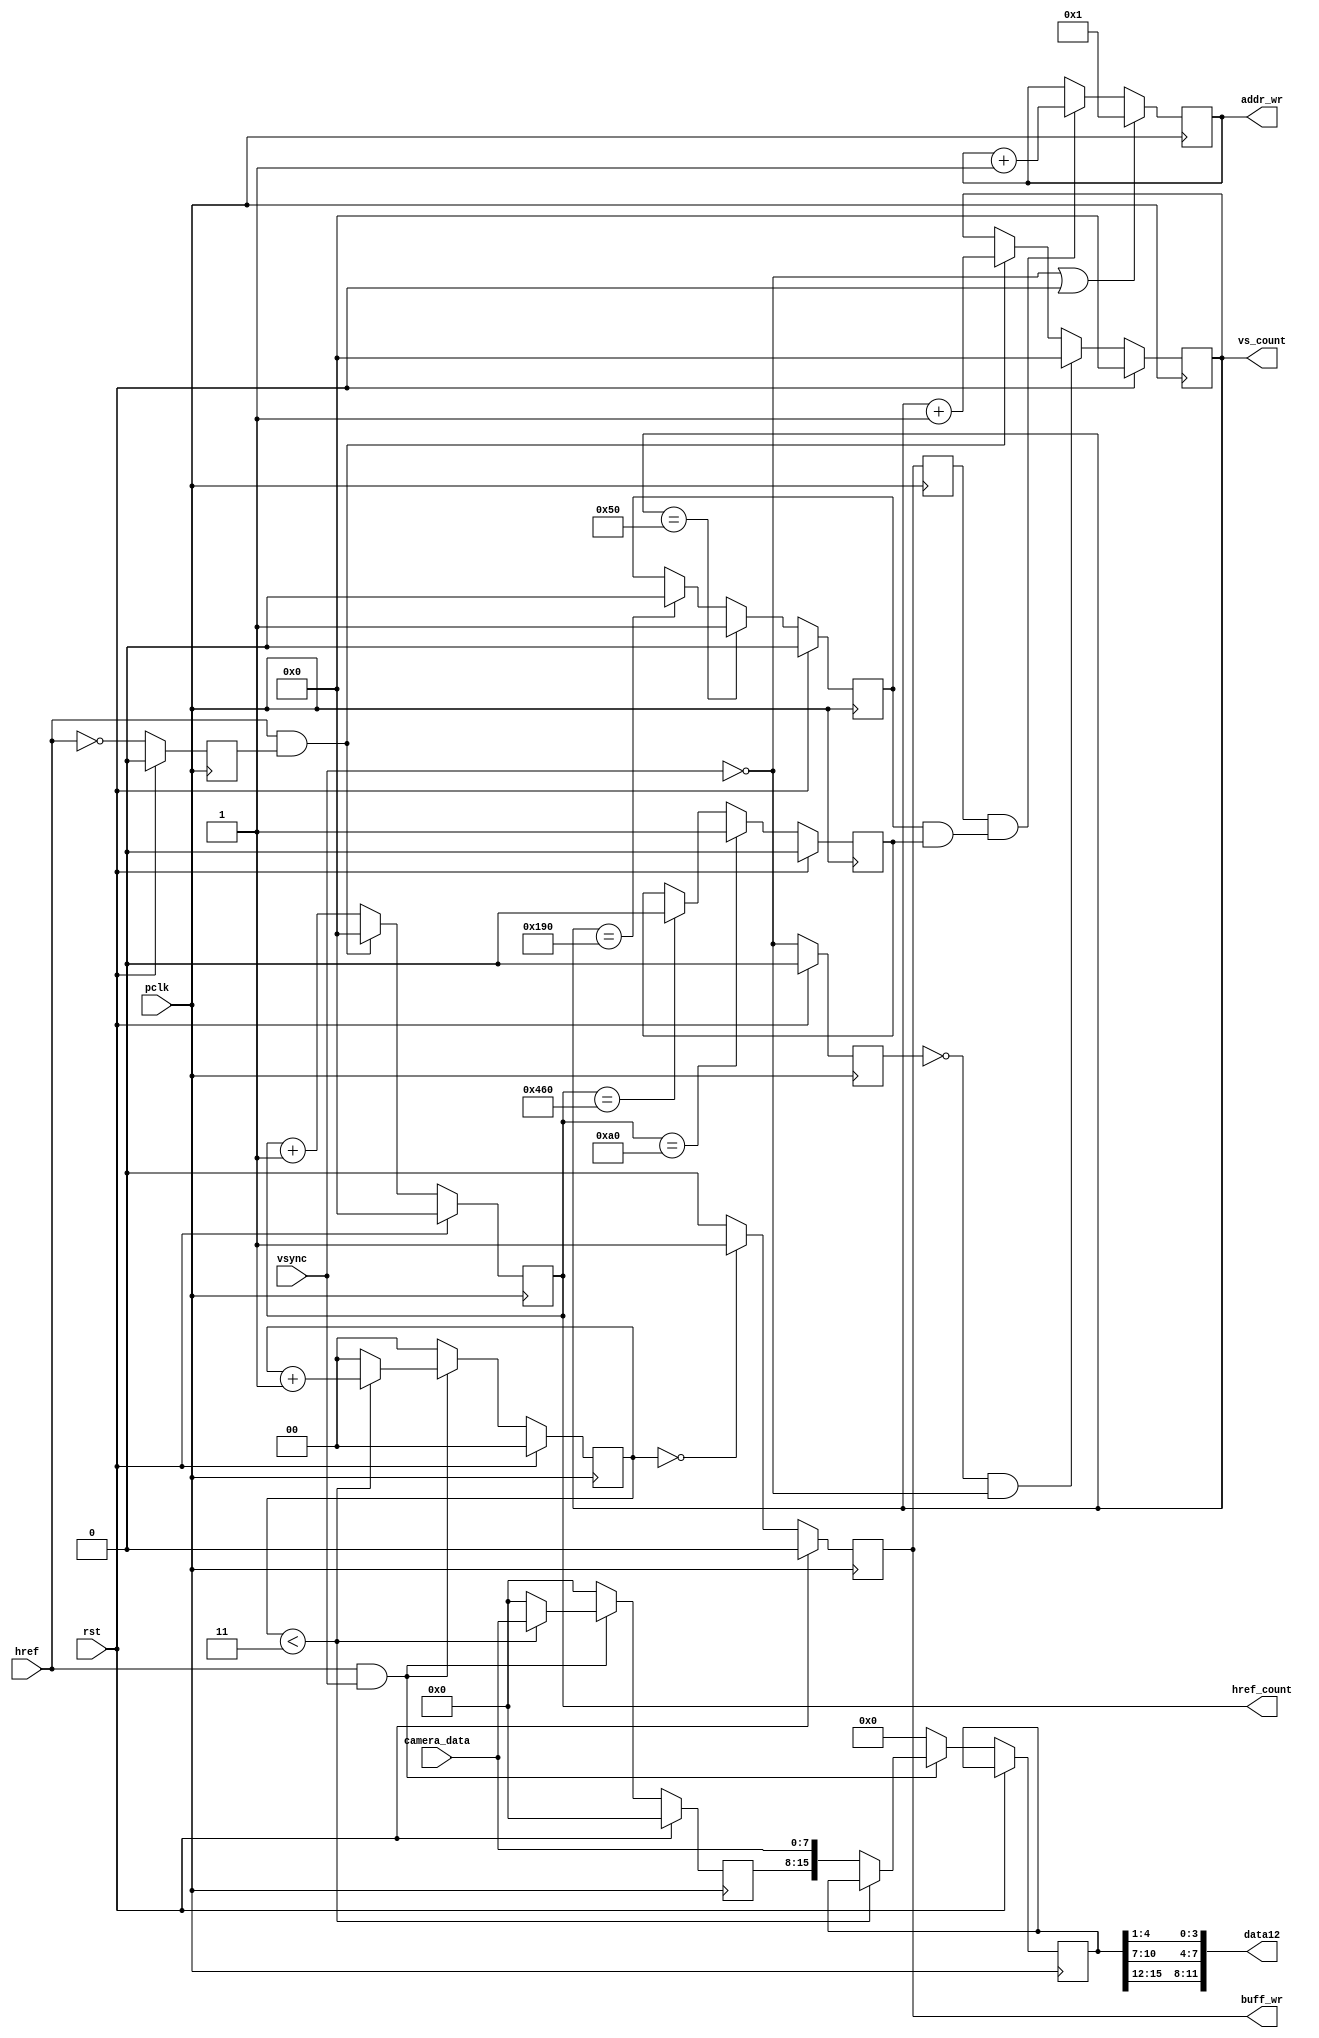
`timescale 1ns / 1ps
//////////////////////////////////////////////////////////////////////////////////
// Module Name:    camera_capture 
//////////////////////////////////////////////////////////////////////////////////
module camera_capture(
	input rst,	
	input pclk,
    input href,
	input vsync,
	input [7:0] camera_data,
	output [11:0] data12,	
	output reg [10:0]href_count,
	output reg [10:0]vs_count,
	output reg [16:0] addr_wr,
	output reg buff_wr                            //ddr camera, 

);
  
reg [15:0]camera_data_reg;
reg [15:0] ddr_data_camera;
reg [1:0]counter;
always @(posedge pclk)
begin
	 if (rst ==1'b1) begin 
			camera_data_reg<=0;
			counter<=0;
	 end	
	 else if((href==1'b1) & (vsync==1'b1)) begin   //cmos
		   if(counter<3) begin                              //31camera	  
				 camera_data_reg<={camera_data_reg[7:0],camera_data};
				 counter<=counter+1'b1;
				 ddr_data_camera<=ddr_data_camera;	
			end
			else begin                                       //32camera		  
			    ddr_data_camera<={camera_data_reg[7:0],camera_data};
				 camera_data_reg<=0;		
				 counter<=0; 			 
			end
	  end
	  else begin
				camera_data_reg<=0;
				ddr_data_camera<=0;
				counter<=0;
	  end
end

    // 1612wr12,data12
  //  wire wr12 = wr16;
    //wire [11:0] data12 ;
    assign data12 = { ddr_data_camera[15:12] ,  ddr_data_camera[10:7] ,  ddr_data_camera[4:1] } ;

wire hs_posedge;
reg href_1;
always @ (posedge pclk) 
begin
    if ( rst ==1'b1 )
       href_1 <= 1'b0 ;
	else 
	   href_1 <= ~href ;
end
 assign hs_posedge = href&href_1 ;
    
//reg [10:0]href_count;	
 always @ (posedge pclk) 
  begin
    if ( rst ==1'b1  )    
     href_count <= 11'b0 ;
    else 
        begin
		if (hs_posedge ==1'b1)
		href_count <= 11'b0 ;
		else
		href_count<= href_count +1'b1 ;
        end
end	
    
wire vs_negedge;
reg vs_1;
always @ (posedge pclk) 
begin
    if ( rst ==1'b1 )
       vs_1 <= 1'b0 ;
	else 
	   vs_1 <= ~vsync ;
end
 assign vs_negedge = (vs_1==1'b0)&(vsync==1'b0) ;
    
//reg [10:0]vs_count;	
 always @ (posedge pclk) 
  begin
    if ( rst ==1'b1  )    
     vs_count <= 11'b0 ;
    else 
        begin
		if (vs_negedge ==1'b1)
		vs_count <= 11'b0 ;
		else if(hs_posedge==1'b1)
		vs_count<= vs_count +1'b1 ;
        end
end		


//parameter  x_min =  320;
//parameter  x_max =  960;
//parameter  y_min =  120;
//parameter  y_max =  360;
parameter  x_min =  160;
parameter  x_max =  1120;
parameter  y_min =  80;
parameter  y_max =  400;
reg  href_en ;
reg  vs_en ;
 always @ (posedge pclk) 
  begin
    if ( rst ==1'b1  )    
     href_en <= 1'b0 ;
    else 
        begin
		if (href_count ==x_min)
		href_en <= 1'b1 ;
		else if(href_count ==x_max)
		href_en <= 1'b0 ;
        end
 end
  always @ (posedge pclk) 
  begin
    if ( rst ==1'b1  )    
     vs_en <= 1'b0 ;
    else 
        begin
		if (vs_count ==y_min)
		vs_en <= 1'b1 ;
		else if(vs_count ==y_max)
		vs_en <= 1'b0 ;
        end
 end	
 wire hsvs_en;
 assign hsvs_en = vs_en && href_en ;
  
//................addr.........................//
 reg   buff_wr_1 ;
 
//   always@ (posedge pclk) 
//     begin
//        buff_wr_1 <= wr12      ;
//        buff_wr   <= buff_wr_1 ;
//      end
    always@ (posedge pclk) 
     begin
         if(rst ==1'b1)
              buff_wr <= 1'b0;
         else
          begin
            if(counter==2'b0)
                  buff_wr<=1'b1;
            else
                 buff_wr<=1'b0;
             end
       end
  always@ (posedge pclk) 
           begin
              buff_wr_1 <= buff_wr      ;
            
            end      
   

   // buff_addr

   //output reg [18:0] buff_addr
// (* MARKDEBUG = "TRUE" *)   
//reg  vsyncrn ; 
//   always@(posedge pclk)vsyncrn <=vsyncn ;
   //

   always@ (posedge pclk)
       if ( ~vsync || rst )addr_wr<=17'd1;
       else if (buff_wr_1&& hsvs_en )addr_wr<=addr_wr+1'b1;
   else addr_wr <= addr_wr ;

		
endmodule